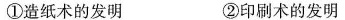
①造纸术的发明 ②印刷术的发明